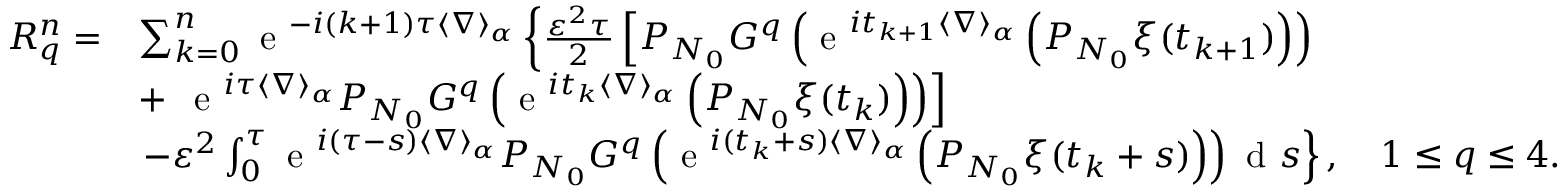
\begin{array} { r l } { { R } _ { q } ^ { n } = } & { \sum _ { k = 0 } ^ { n } \textrm { e } ^ { - i ( k + 1 ) \tau \langle \nabla \rangle _ { \alpha } } \left\{ \frac { \varepsilon ^ { 2 } \tau } { 2 } \left[ P _ { N _ { 0 } } G ^ { q } \left( \textrm { e } ^ { i t _ { k + 1 } \langle \nabla \rangle _ { \alpha } } \left( P _ { N _ { 0 } } \xi ( t _ { k + 1 } ) \right) \right) \right. \right. } \\ & { + \left. \left. \textrm { e } ^ { i \tau \langle \nabla \rangle _ { \alpha } } P _ { N _ { 0 } } G ^ { q } \left( \textrm { e } ^ { i t _ { k } \langle \nabla \rangle _ { \alpha } } \left( P _ { N _ { 0 } } \xi ( t _ { k } ) \right) \right) \right] \right. } \\ & { \left. - \varepsilon ^ { 2 } \int _ { 0 } ^ { \tau } \textrm { e } ^ { i ( \tau - s ) \langle \nabla \rangle _ { \alpha } } P _ { N _ { 0 } } G ^ { q } \left( \textrm { e } ^ { i ( t _ { k } + s ) \langle \nabla \rangle _ { \alpha } } \left( P _ { N _ { 0 } } \xi ( t _ { k } + s ) \right) \right) \textrm { d } s \right\} , \quad 1 \leq q \leq 4 . } \end{array}